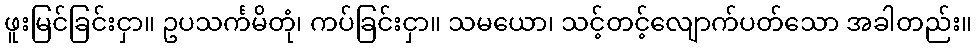
ဖူးမြင်ခြင်းငှာ။ ဥပသင်္ကမိတုံ၊ ကပ်ခြင်းငှာ။ သမယော၊ သင့်တင့်လျောက်ပတ်သော အခါတည်း။